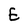
Character: E